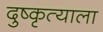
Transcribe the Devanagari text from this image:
दुष्कृत्याला